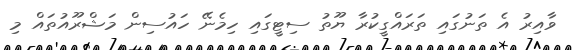
ވާއިރު އެ ތަނުގައި ތަރައްގީކުރާ ޔޫތު ސިޓީގައި ހިމެނޭ ހައުސިން މަޝްރޫއުތައް މި